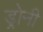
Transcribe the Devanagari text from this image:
ड्रोनी